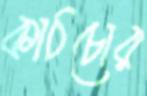
কাঠচোর